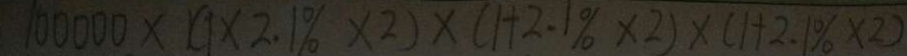
1 0 0 0 0 0 \times ( 1 \times 2 . 1 \% \times 2 ) \times ( 1 + 2 . 1 \% \times 2 ) \times ( 1 + 2 . 1 \% \times 2 )